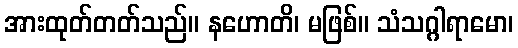
အားထုတ်တတ်သည်။ နဟောတိ၊ မဖြစ်။ သံသဂ္ဂါရာမော၊